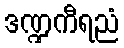
ဒဏ္ဍကီရညံ